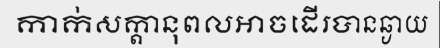
កាក់សក្តានុពលអាចដើរបានឆ្ងាយ